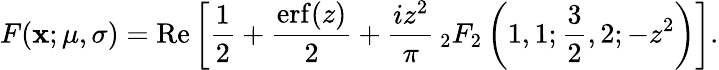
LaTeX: F(\mathbf{x};\mu,\sigma)=\operatorname{Re}\left[{\frac{{1}}{{2}}}+{\frac{{\operatorname{erf}(z)}}{{2}}}+{\frac{{iz^{2}}}{{\pi}}}\, _{2}F_{2}\left(1,1;{\frac{{3}}{{2}}},2;-z^{2}\right)\right].